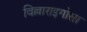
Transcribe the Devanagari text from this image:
विल्लाराइगोसा